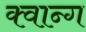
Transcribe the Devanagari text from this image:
क्वान्ग